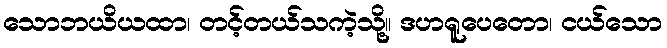
သောဘယိယထာ၊ တင့်တယ်သကဲ့သို့။ ဒဟရူပေတော၊ ငယ်သော